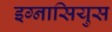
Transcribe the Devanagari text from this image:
इग्नासियुस